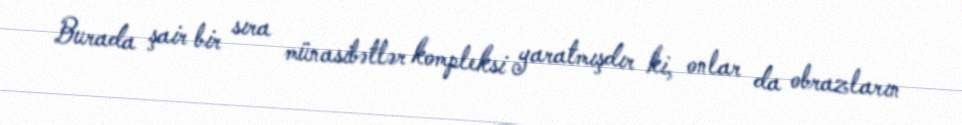
Burada şair bir sıra münasibətlər kompleksi yaratmışdır ki, onlar da obrazların